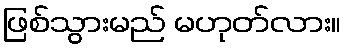
ဖြစ်သွားမည် မဟုတ်လား။